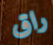
راق